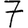
Digit: 7